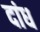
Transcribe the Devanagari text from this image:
दांध